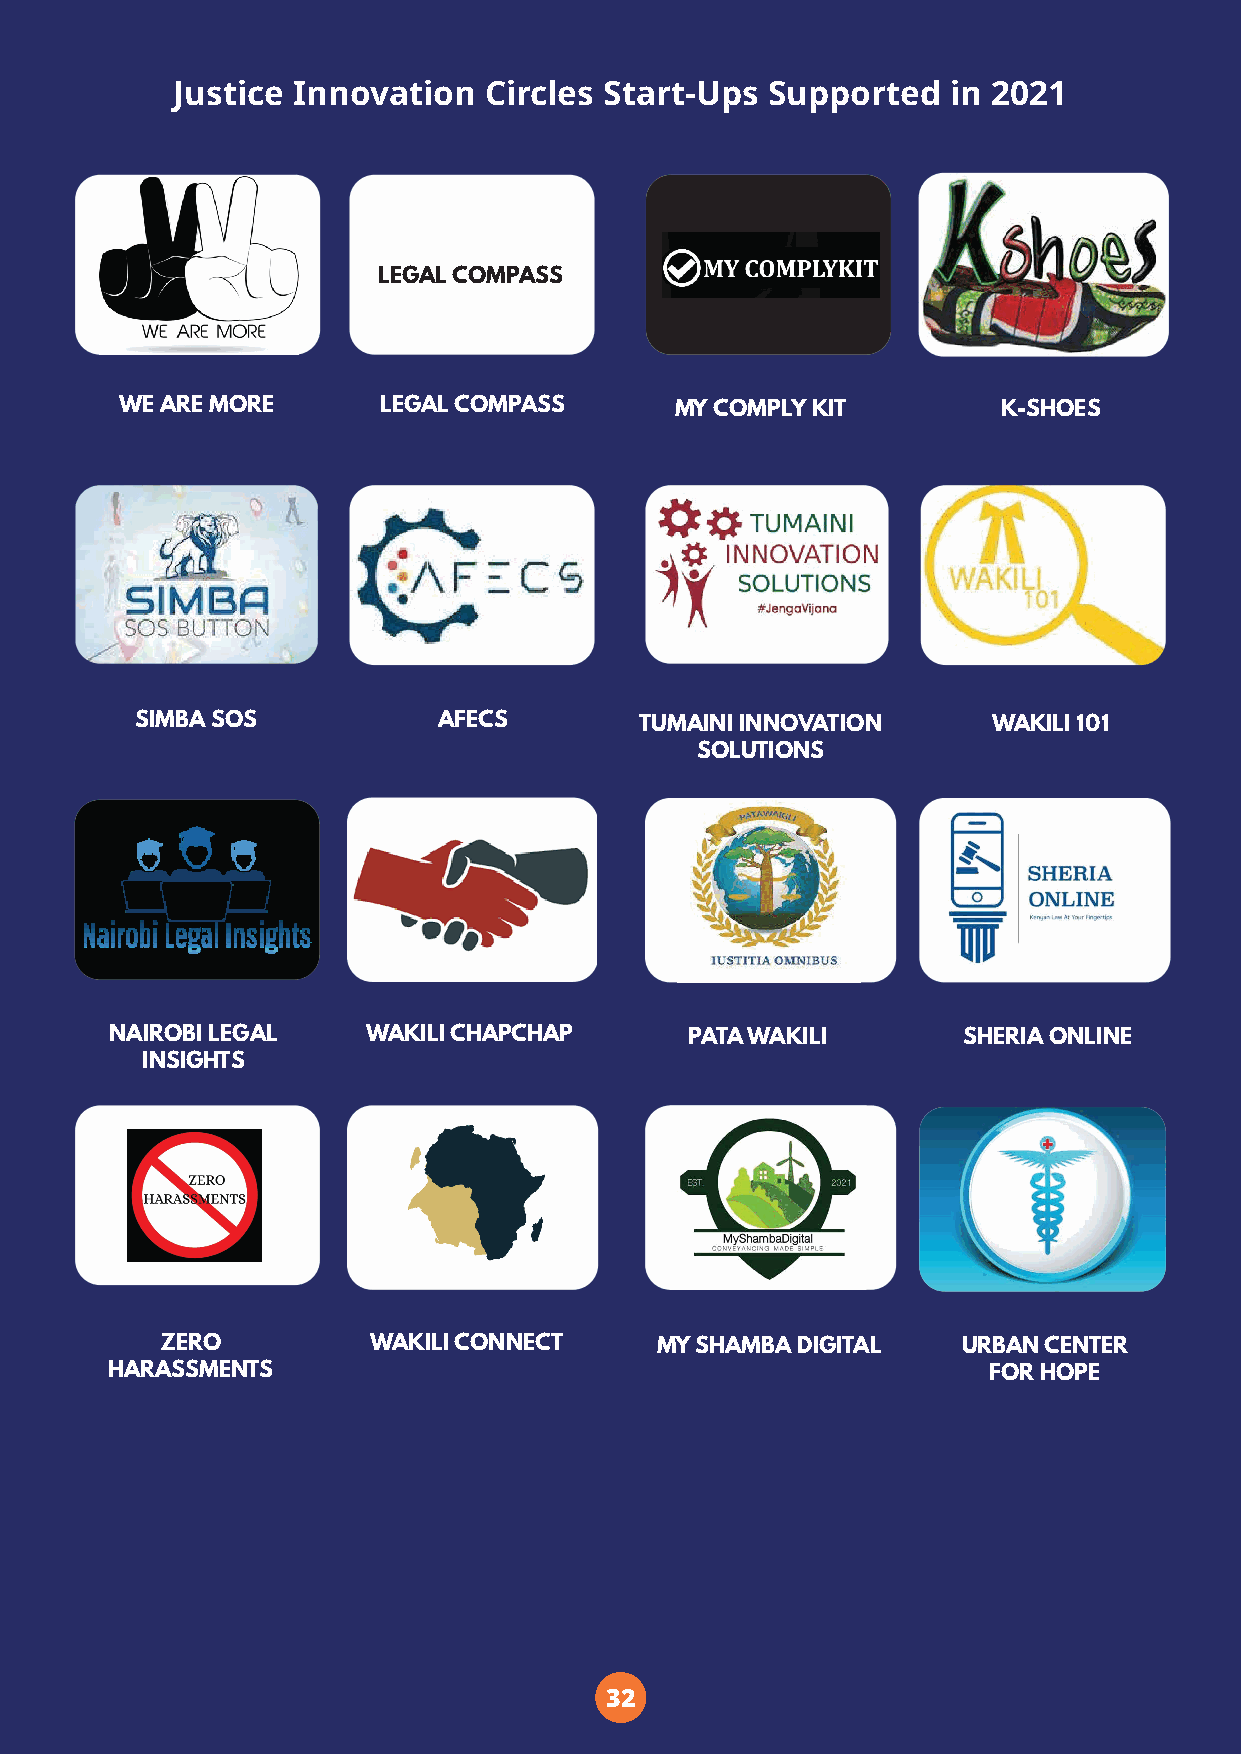
Justice Innovation   Circles Start-Ups  Supported   in 2021
 LEGAL COMPASS
 WE ARE MORE      LEGAL COMPASS       MY COMPLY KIT        K-SHOES
 SIMBA SOS           AFECS        TUMAINI INNOVATION      WAKILI 101
 SOLUTIONS
 NAIROBI LEGAL    WAKILI CHAPCHAP       PATA WAKILI       SHERIA ONLINE
 INSIGHTS
 ZERO          WAKILI CONNECT    MY SHAMBA DIGITAL    URBAN CENTER
 HARASSMENTS                                               FOR HOPE
 32